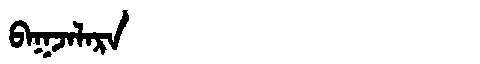
Manchu: ᠪᠠᡴᠵᠠᠯᠠᡵᠠ
Romanization: BAKJALARA